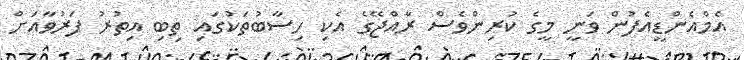
އެމްއެންޑީއެފުން ވަނީ މީގެ ކުރިންވެސް ރާއްޖޭގެ އެކި ހިސާބުތަކުގައި ތިބި އިތުރު ފަރުވާއަށް